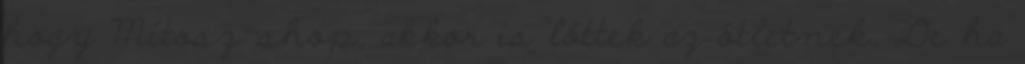
hogy Mítosz-shop, akkor is lőttek az ötletnek. De ha